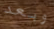
وبعد